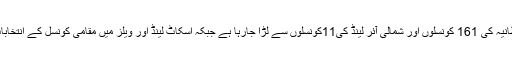
بلدیاتی انتخابات برطانیہ کی 161 کونسلوں اور شمالی آئر لینڈ کی11کونسلوں سے لڑا جارہا ہے جبکہ اسکاٹ لینڈ اور ویلز میں مقامی کونسل کے انتخابات نہیں ہو رہے ہیں۔